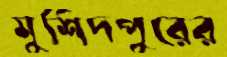
মুর্শিদপুরের